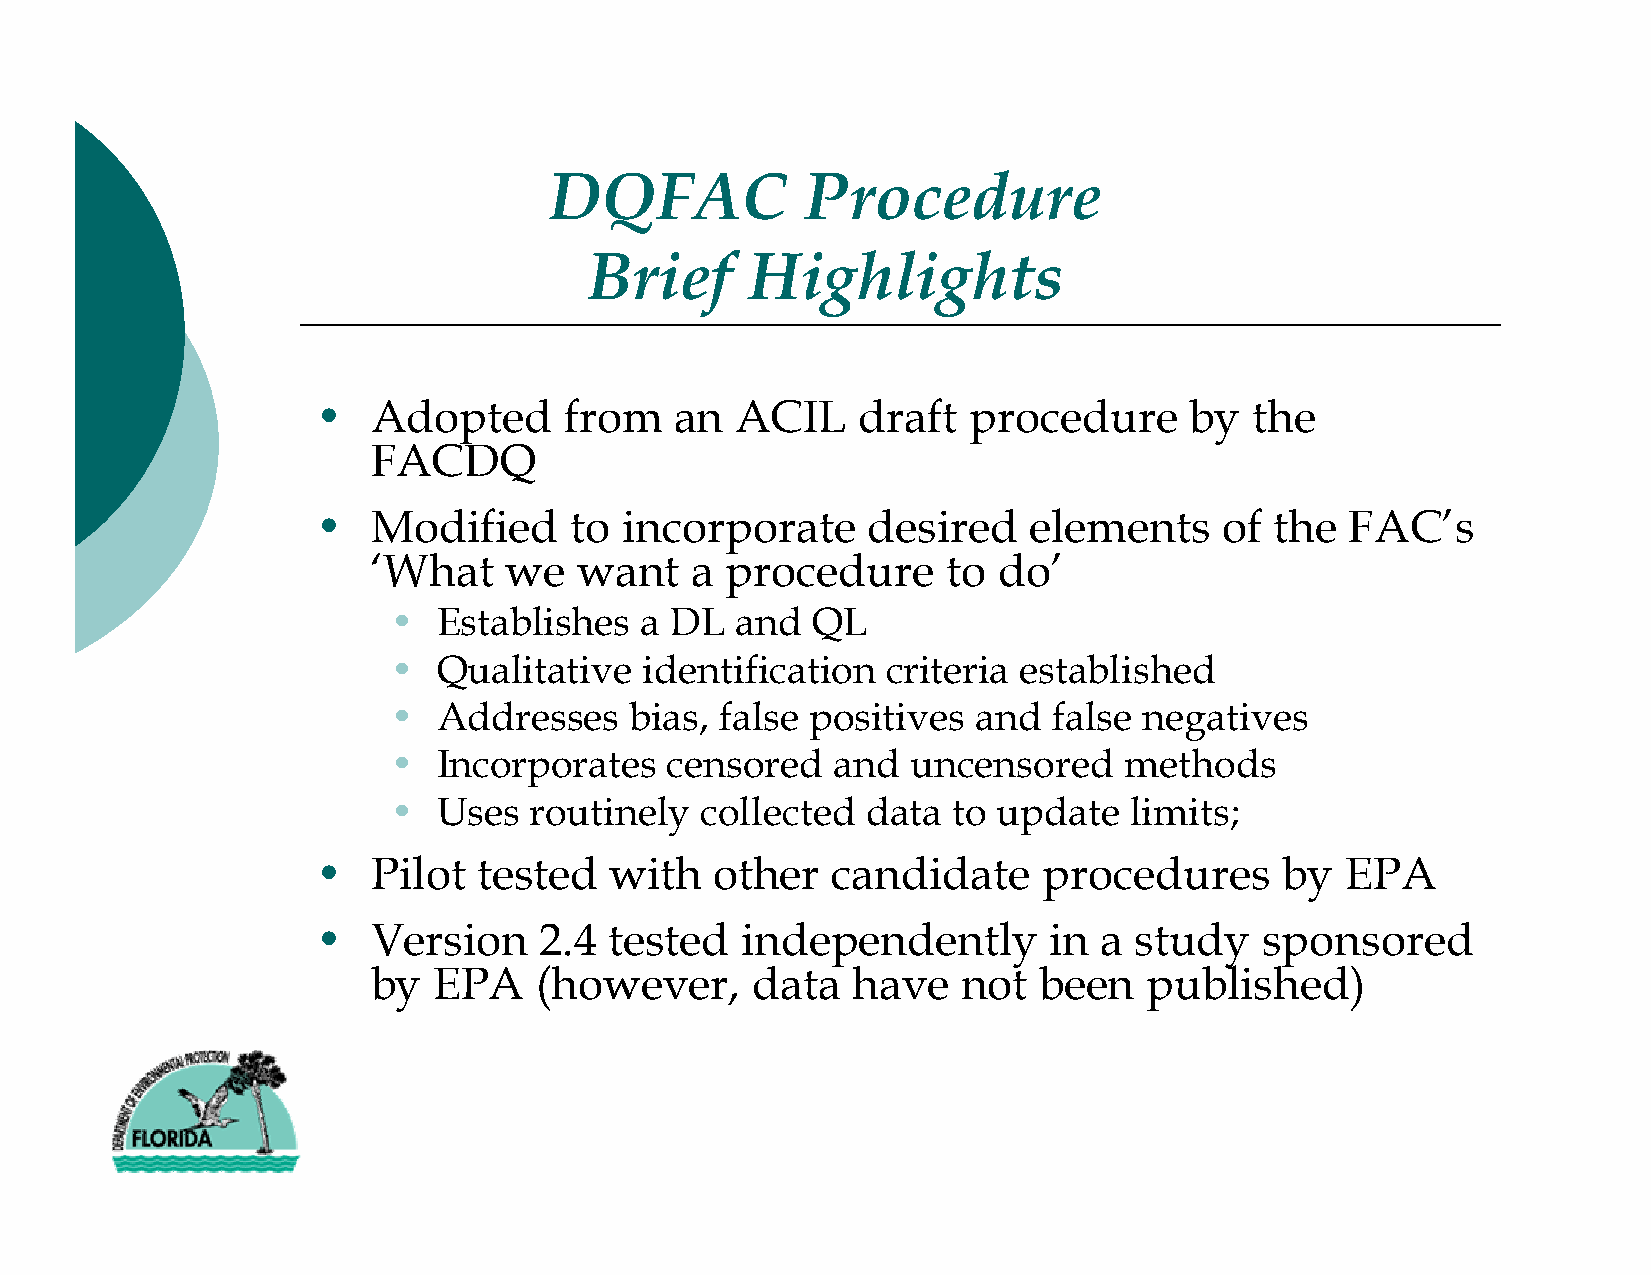
DQFAC            Procedure
 Brief      Highlights
 •   Adopted     from    an  ACIL    draft  procedure      by  the
 FACDQ
 •   Modified     to incorporate     desired    elements     of the  FAC’s
 ‘What   we   want    a procedure      to do’
 •  Establishes  a DL   and  QL
 •  Qualitative   identification  criteria established
 •  Addresses    bias, false positives  and  false negatives
 •  Incorporates   censored   and  uncensored    methods
 •  Uses  routinely  collected  data  to update   limits;
 •   Pilot  tested  with   other   candidate     procedures      by  EPA
 •   Version    2.4 tested   independently       in  a study    sponsored
 by  EPA   (however,      data  have    not  been   published)